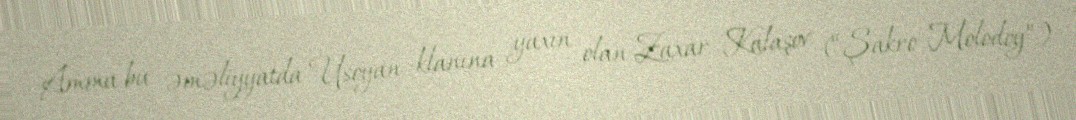
Amma bu əməliyyatda Usoyan klanına yaxın olan Zaxar Kalaşov (“Şakro Molodoy”)